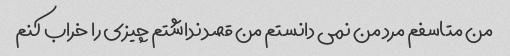
من متاسفم مرد من نمی دانستم من قصد نداشتم چیزی را خراب کنم